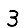
Digit: 3